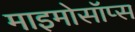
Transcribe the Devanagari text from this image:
माइमोसॉप्स